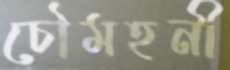
চৌমহনী